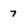
Character: 7